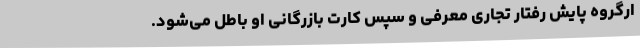
ارگروه پایش رفتار تجاری معرفی و سپس کارت بازرگانی او باطل می‌شود.